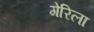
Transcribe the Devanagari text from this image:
गेरिला